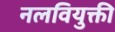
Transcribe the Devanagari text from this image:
नलवियुक्ती